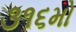
૩૧૬મો